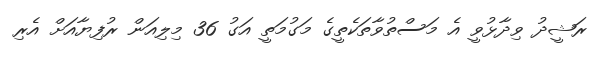
ރަޝީދު ވިދާޅުވީ އެ މަސްތުވާތަކެތީގެ މަގުމަތީ އަގު 36 މިލިއަން ރުފިޔާއަށް އެރި